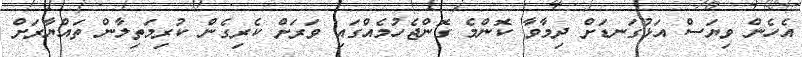
އެހެން ވިޔަސް އަޅުގަނޑަށް ދިމާވާ ކޮންމެ ގޮންޖެހުމެއްގައި ވަރަށް ކެރިގެން ކުރިމަތިލާން ތައްޔާރަށް